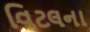
વિટલના